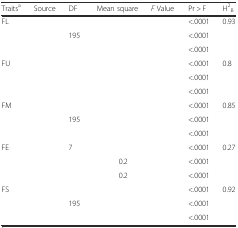
<table><thead><tr><td><b>Traits<sup>a</sup></b></td><td><b>Source</b></td><td><b>DF</b></td><td><b>Mean square</b></td><td><b><i>F</i> Value</b></td><td><b>Pr &gt; F</b></td><td><b>H<sup>2</sup><sub>B</sub></b></td></tr></thead><tbody><tr><td>FL</td><td>[EMPTY_CELL]</td><td>[EMPTY_CELL]</td><td>[EMPTY_CELL]</td><td>[EMPTY_CELL]</td><td>&lt;.0001</td><td>0.93</td></tr><tr><td>[EMPTY_CELL]</td><td>[EMPTY_CELL]</td><td>195</td><td>[EMPTY_CELL]</td><td>[EMPTY_CELL]</td><td>&lt;.0001</td><td>[EMPTY_CELL]</td></tr><tr><td>[EMPTY_CELL]</td><td>[EMPTY_CELL]</td><td>[EMPTY_CELL]</td><td>[EMPTY_CELL]</td><td>[EMPTY_CELL]</td><td>&lt;.0001</td><td>[EMPTY_CELL]</td></tr><tr><td>FU</td><td>[EMPTY_CELL]</td><td>[EMPTY_CELL]</td><td>[EMPTY_CELL]</td><td>[EMPTY_CELL]</td><td>&lt;.0001</td><td>0.8</td></tr><tr><td>[EMPTY_CELL]</td><td>[EMPTY_CELL]</td><td>[EMPTY_CELL]</td><td>[EMPTY_CELL]</td><td>[EMPTY_CELL]</td><td>&lt;.0001</td><td>[EMPTY_CELL]</td></tr><tr><td>[EMPTY_CELL]</td><td>[EMPTY_CELL]</td><td>[EMPTY_CELL]</td><td>[EMPTY_CELL]</td><td>[EMPTY_CELL]</td><td>&lt;.0001</td><td>[EMPTY_CELL]</td></tr><tr><td>FM</td><td>[EMPTY_CELL]</td><td>[EMPTY_CELL]</td><td>[EMPTY_CELL]</td><td>[EMPTY_CELL]</td><td>&lt;.0001</td><td>0.85</td></tr><tr><td>[EMPTY_CELL]</td><td>[EMPTY_CELL]</td><td>195</td><td>[EMPTY_CELL]</td><td>[EMPTY_CELL]</td><td>&lt;.0001</td><td>[EMPTY_CELL]</td></tr><tr><td>[EMPTY_CELL]</td><td>[EMPTY_CELL]</td><td>[EMPTY_CELL]</td><td>[EMPTY_CELL]</td><td>[EMPTY_CELL]</td><td>&lt;.0001</td><td>[EMPTY_CELL]</td></tr><tr><td>FE</td><td>[EMPTY_CELL]</td><td>7</td><td>[EMPTY_CELL]</td><td>[EMPTY_CELL]</td><td>&lt;.0001</td><td>0.27</td></tr><tr><td>[EMPTY_CELL]</td><td>[EMPTY_CELL]</td><td>[EMPTY_CELL]</td><td>0.2</td><td>[EMPTY_CELL]</td><td>&lt;.0001</td><td>[EMPTY_CELL]</td></tr><tr><td>[EMPTY_CELL]</td><td>[EMPTY_CELL]</td><td>[EMPTY_CELL]</td><td>0.2</td><td>[EMPTY_CELL]</td><td>&lt;.0001</td><td>[EMPTY_CELL]</td></tr><tr><td>FS</td><td>[EMPTY_CELL]</td><td>[EMPTY_CELL]</td><td>[EMPTY_CELL]</td><td>[EMPTY_CELL]</td><td>&lt;.0001</td><td>0.92</td></tr><tr><td>[EMPTY_CELL]</td><td>[EMPTY_CELL]</td><td>195</td><td>[EMPTY_CELL]</td><td>[EMPTY_CELL]</td><td>&lt;.0001</td><td>[EMPTY_CELL]</td></tr><tr><td>[EMPTY_CELL]</td><td>[EMPTY_CELL]</td><td>[EMPTY_CELL]</td><td>[EMPTY_CELL]</td><td>[EMPTY_CELL]</td><td>&lt;.0001</td><td>[EMPTY_CELL]</td></tr></tbody></table>